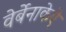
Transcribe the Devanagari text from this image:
वेर्बेनाकेऐ